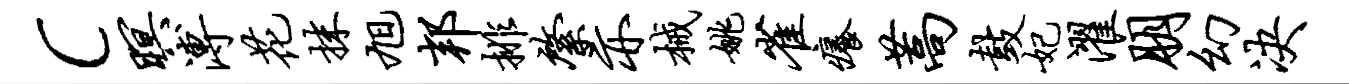
c暝溥花抹旭邦排綮亦械姚雀痒蒿鼓妃濯朋幻决